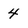
Character: 4